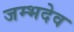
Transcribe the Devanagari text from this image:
जम्भदेव